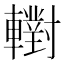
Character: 轛